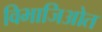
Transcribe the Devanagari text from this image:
विभाजिओत